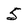
Character: 5